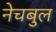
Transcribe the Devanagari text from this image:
नेचबुल